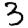
Digit: 3